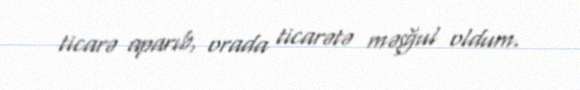
ticarə aparıb, orada ticarətə məşğul oldum.